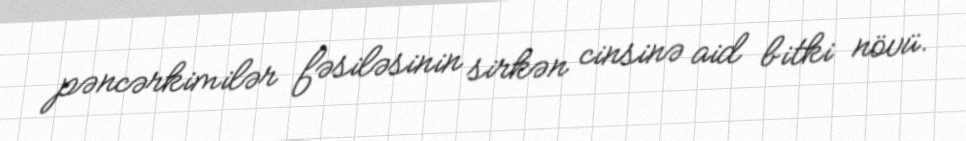
pəncərkimilər fəsiləsinin sirkən cinsinə aid bitki növü.